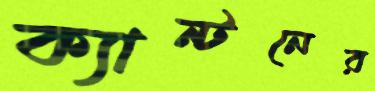
ক্যান্টনের